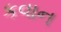
કવાન